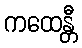
ကထေန္တီ